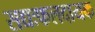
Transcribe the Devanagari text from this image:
सद्यःफलदायक